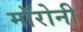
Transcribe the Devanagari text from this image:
मॉरोनी